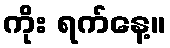
ကိုး ရက်နေ့။